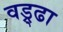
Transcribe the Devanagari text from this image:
वड्र्ढा